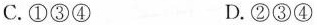
C.①③④ D.②③④